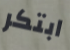
ابتكر